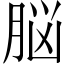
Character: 脳